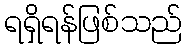
ရရှိရန်ဖြစ်သည်